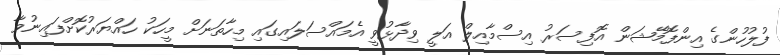
ފުލުހުންގެ އިންފޮމޭޝަން އޮފިސަރު އިސްމާއިލް އަލީ ވިދާޅުވީ އެމައްސަލައިގައި މިހާތަނަށް މީހަކު ހައްޔަރުކޮށްފައިނުވާ